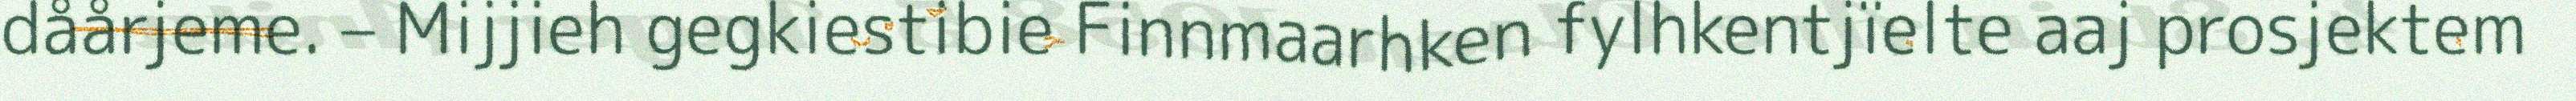
dåårjeme. – Mijjieh gegkiestibie Finnmaarhken fylhkentjïelte aaj prosjektem